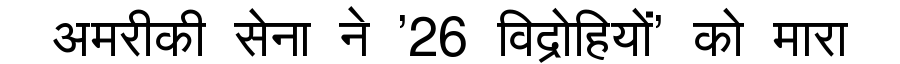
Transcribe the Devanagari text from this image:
अमरीकी सेना ने '26 विद्रोहियों' को मारा